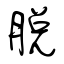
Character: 脫